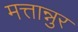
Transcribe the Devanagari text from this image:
मत्तान्नुर